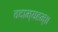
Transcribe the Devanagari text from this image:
वदाम्यहम्॥